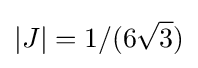
|J|=1/(6{\sqrt {3}})